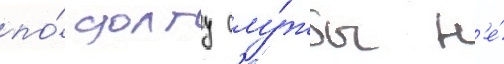
по́ долгу слу́жбы н'е́